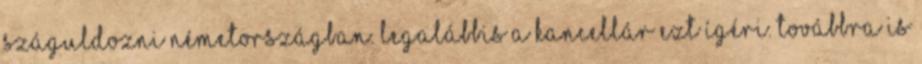
száguldozni Németországban. Legalábbis a kancellár ezt ígéri. Továbbra is